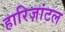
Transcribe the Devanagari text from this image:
हारिज़ांटल